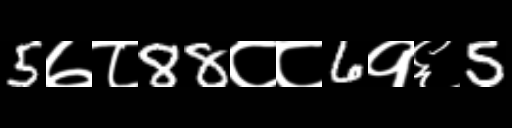
Text: 5७८88८८6१६5